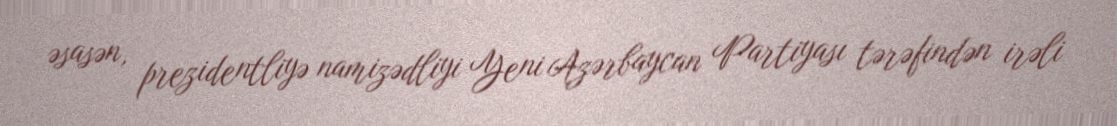
əsasən, prezidentliyə namizədliyi Yeni Azərbaycan Partiyası tərəfindən irəli